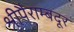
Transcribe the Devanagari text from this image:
श्रीपैराम्बदूर